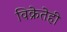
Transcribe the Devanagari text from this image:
विक्रेतेही